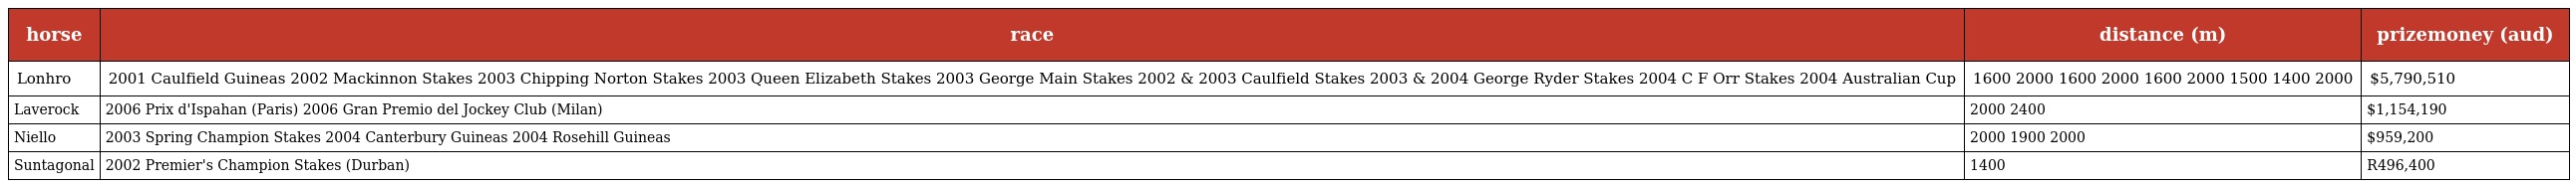
| horse | race | distance (m) | prizemoney (aud) |
 | --- | --- | --- | --- |
 | Lonhro | 2001 Caulfield Guineas 2002 Mackinnon Stakes 2003 Chipping Norton Stakes 2003 Queen Elizabeth Stakes 2003 George Main Stakes 2002 & 2003 Caulfield Stakes 2003 & 2004 George Ryder Stakes 2004 C F Orr Stakes 2004 Australian Cup | 1600 2000 1600 2000 1600 2000 1500 1400 2000 | $5,790,510 |
 | Laverock | 2006 Prix d'Ispahan (Paris) 2006 Gran Premio del Jockey Club (Milan) | 2000 2400 | $1,154,190 |
 | Niello | 2003 Spring Champion Stakes 2004 Canterbury Guineas 2004 Rosehill Guineas | 2000 1900 2000 | $959,200 |
 | Suntagonal | 2002 Premier's Champion Stakes (Durban) | 1400 | R496,400 |